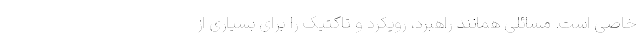
خاصی است. مسائلی همانند راهبرد، رویکرد و تاکتیک را برای بسیاری از